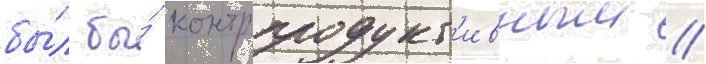
бы́л бы́ контрпродукт'ивным //